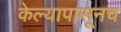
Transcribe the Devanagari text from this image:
केल्यापासूनच